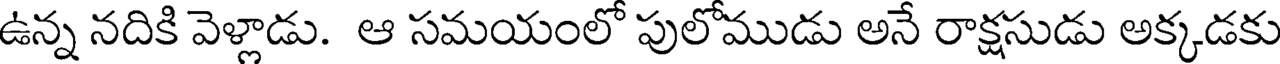
ఉన్న నదికి వెళ్లాడు. ఆ సమయంలో పులోముడు అనే రాక్షసుడు అక్కడకు